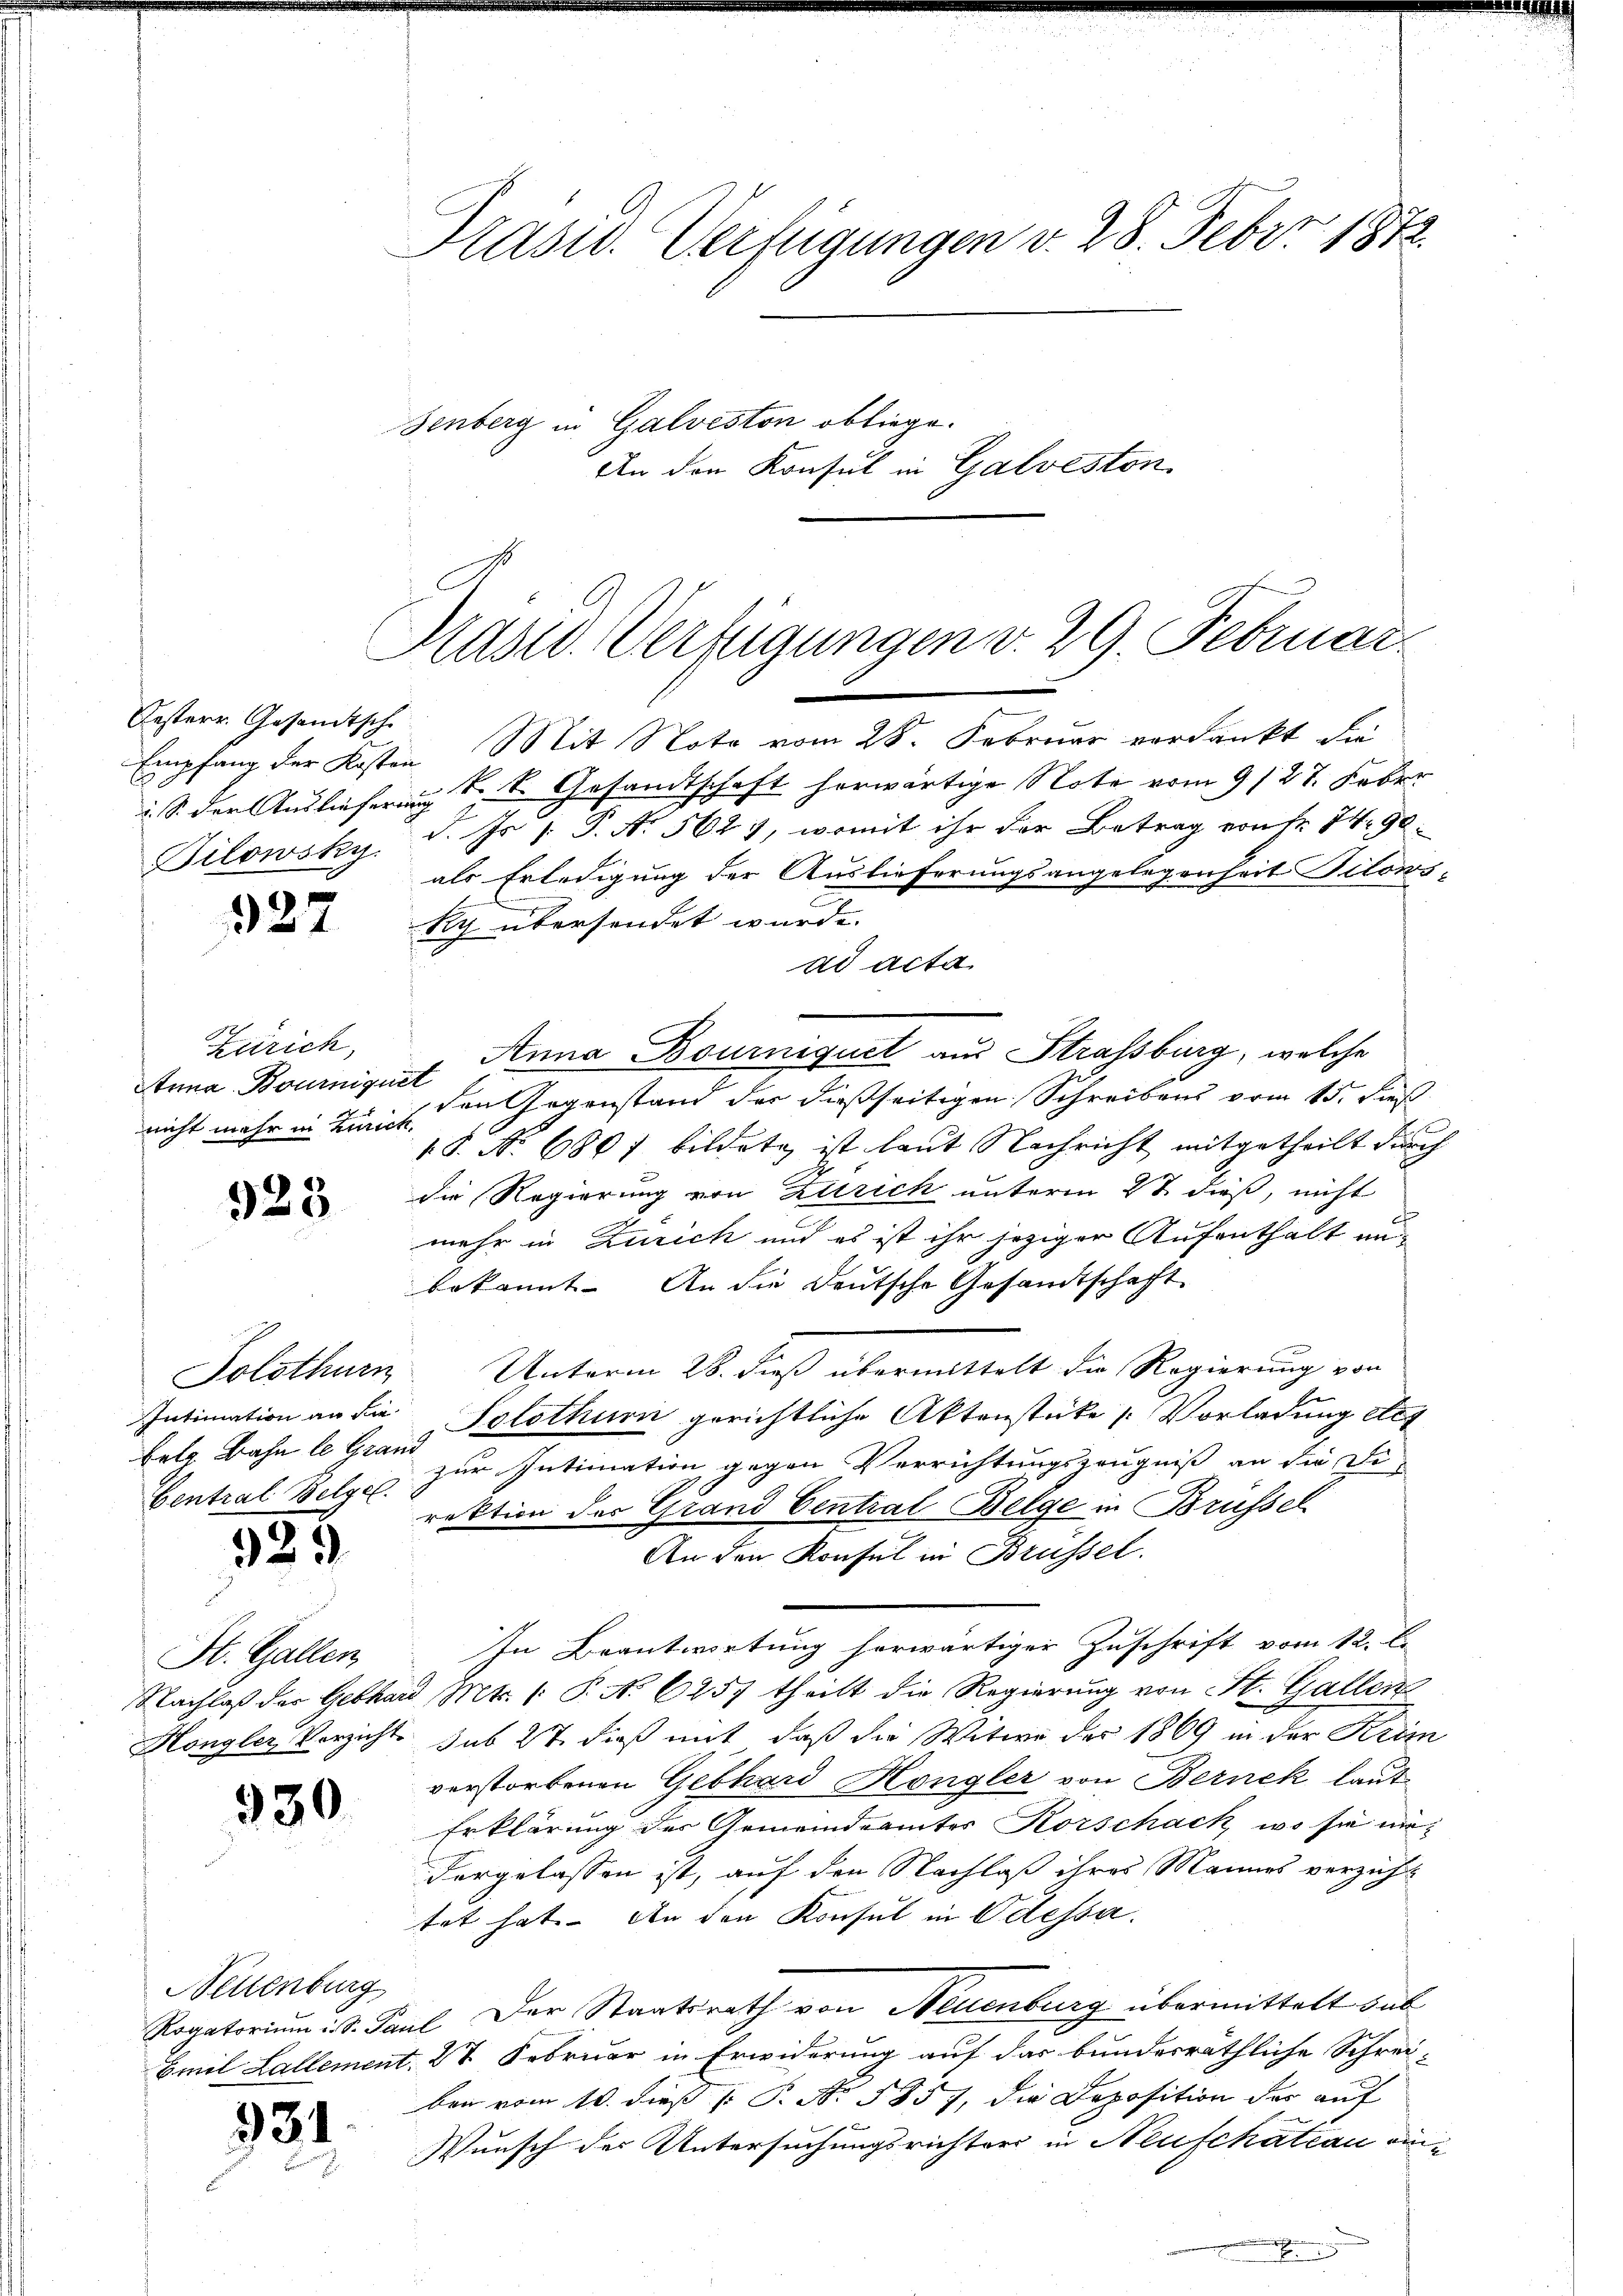
Oesterr. Gesandtsch
Bilowsky.

327

Zürich,
Anna Bourniquet
nicht mehr in Zürich,

923

bete Bahn le Grand
Gentral Belgel.

585

St. Gallen,

930

Nettenburg

931

Prasid. Verfügungen v. 28. Febr. 1872.

Präsid. Verfügungen d. 29. Februar

enberg in Galveston obliege.

An den Konsul in Galveston.

Empfang der Kosten Mit Nota vom 28. Februar verdankt die
S den Auslieferung Sr. k. Gesandtschaft herwärtige Note vom 9/27. Feber
d. Js. [ P. N. 562, womit ihr der Betrag von Fr. 74. 90.
als Erledigung der Auslieferungsangelegenheit Silows-
Ry übersendet wurde.
ad acta
Anna Bourniquet aus Strassburg, welche
den Gegenstand der dießseitigen Schreibens vom 15. dies
18. No 680 f bildete ist laut Nachricht mitgetheilt durch
die Regierung von Zürich unterm 27 dieß, nicht
mehr in Zürich und es ist ihr jeziger Aufenthalt unbekannt. An die Deutsche Gesandtschaft
Solothurn Unterm 28. dieß übermittelt die Regierung von
Intimation an die Solothurn gerichtliche Aktenstücke Vorladung ert
zur Intimation gegen Verrichtungszeugniß an die Di-
rektion des Grand Central Belge in Brüssel
An den Konsul in Brüssel.
In Beantwortung herwärtiger Zuschrift vom 12. l.
Nachlaß der Gebhard Mts. 1. P. No. 6257 theilt die Regierŭng von St. Gallen
Hongler Verzicht sub 27. dieß mit, daß die Witwe der 1869 in der Krim
verstorbenen Gebhard Höngler von Bernek laut
Erklärung des Gemeindeamter Korschack, wo sie mi
vorgelassen ist, auf den Nachlaß ihres Mannes verzicht
tet hat. An den Konsul in Odessa.
Rogatorium d. Paul. Der Staatsrath von Neuenburg übermittelt sub
Emil Lallement. 27 Februar in Erwiderung auf das bundesräthliche Schrei-
ben vom 10. dieß P. Nr. 1857, die Deposition des auf
Wunsch des Untersuchungsrichters in Neufchateau ein¬